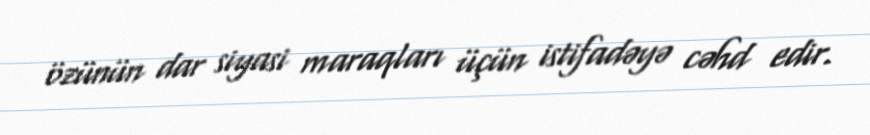
özünün dar siyasi maraqları üçün istifadəyə cəhd edir.